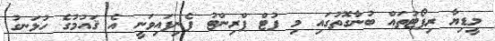
މީޑިޔާ ރިޕޯޓުތައް ބުނާގޮތުގައި މި ފުޓް ޕްރިންޓު ފެނިފައިވަނީ އެ ޤައުމުގެ ހުޅަނގު